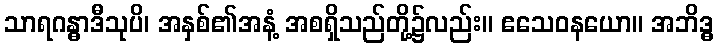
သာရဂန္ဓာဒီသုပိ၊ အနှစ်၏အနံ့ အစရှိသည်တို့၌လည်း။ ဧသေဝနယော။ အဘိဒ္ဓ